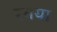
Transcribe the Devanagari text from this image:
रमया